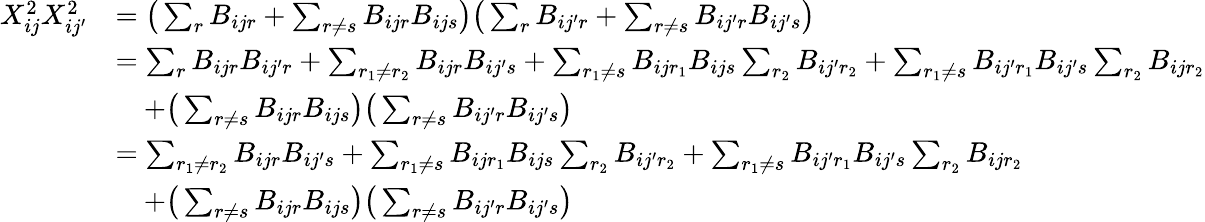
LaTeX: \begin{array}{rl}{X_{ij}^{2}X_{ij^{\prime}}^{2}}&{=\big(\sum_{r}B_{ijr}+\sum_{r\neq s}B_{ijr}B_{ijs}\big)\big(\sum_{r}B_{ij^{\prime}r}+\sum_{r\neq s}B_{ij^{\prime}r}B_{ij^{\prime}s}\big)}\\ &{=\sum_{r}B_{ijr}B_{ij^{\prime}r}+\sum_{r_{1}\neq r_{2}}B_{ijr}B_{ij^{\prime}s}+\sum_{r_{1}\neq s}B_{ijr_{1}}B_{ijs}\sum_{r_{2}}B_{ij^{\prime}r_{2}}+\sum_{r_{1}\neq s}B_{ij^{\prime}r_{1}}B_{ij^{\prime}s}\sum_{r_{2}}B_{ijr_{2}}}\\ &{\quad+\big(\sum_{r\neq s}B_{ijr}B_{ijs}\big)\big(\sum_{r\neq s}B_{ij^{\prime}r}B_{ij^{\prime}s}\big)}\\ &{=\sum_{r_{1}\neq r_{2}}B_{ijr}B_{ij^{\prime}s}+\sum_{r_{1}\neq s}B_{ijr_{1}}B_{ijs}\sum_{r_{2}}B_{ij^{\prime}r_{2}}+\sum_{r_{1}\neq s}B_{ij^{\prime}r_{1}}B_{ij^{\prime}s}\sum_{r_{2}}B_{ijr_{2}}}\\ &{\quad+\big(\sum_{r\neq s}B_{ijr}B_{ijs}\big)\big(\sum_{r\neq s}B_{ij^{\prime}r}B_{ij^{\prime}s}\big)}\end{array}